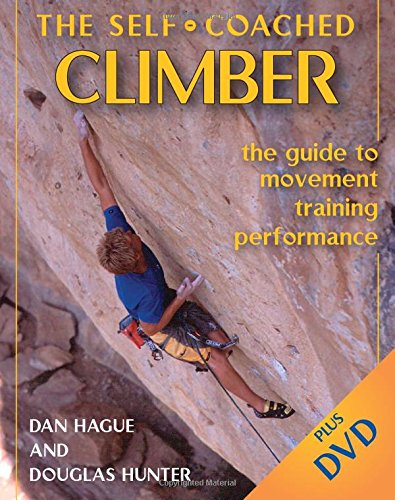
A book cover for Self-Coached Climber: The Guide to Movement, Training, Performance; Dan M. Hague; Sports & Outdoors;